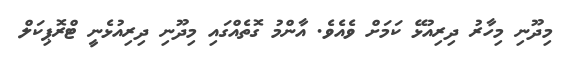
މިދޫނި މިހާރު ދިރިއުޅޭ ކަމަށް ވެއެވެ. އާންމު ގޮތެއްގައި މިދޫނި ދިރިއުޅެނީ ޓްރޮޕިކަލް